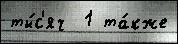
ты́с'яч  1 та́кже